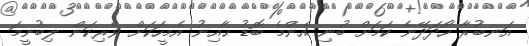
އަނބުރާ ހޯދަދޭނެ ކަމަށް ބުނި އެންމެ ބޮޑު ޙާއިނު އެމީހަކަށް ވެރިކަން ލިބުނީމަ